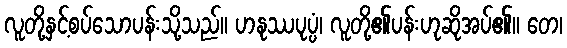
လူတို့နှင့်စပ်သောပန်းသို့သည်။ ဟနုဿပုပ္ပံ၊ လူတို့၏ပန်းဟုဆိုအပ်၏။ တေ၊